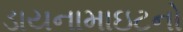
ડાયનામાઇટનો